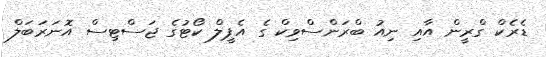
ޑެރެކް ގްރީން އާއި ނިއު ބްރަންސްވިކް ގެ އެޕީލް ކޯޓުގެ ޖަސްޓިސް އޮނަރަބަލް